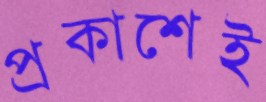
প্রকাশেই